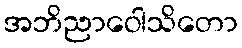
အဘိညာဝေါသိတော